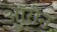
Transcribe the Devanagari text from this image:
ऑरोन